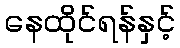
နေထိုင်ရန်နှင့်